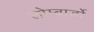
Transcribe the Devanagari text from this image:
लोम्बार्ड़ो